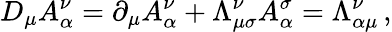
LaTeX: D_{\mu}A_{\alpha}^{\nu}=\partial_{\mu}A_{\alpha}^{\nu}+\Lambda_{\mu\sigma}^{\nu}A_{\alpha}^{\sigma}=\Lambda_{\alpha\mu}^{\nu}\, ,